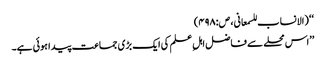
‘‘ (الانساب للسمعانی، ص:۴۹۸)
’’اس محلے سے فاضل اہلِ علم کی ایک بڑی جماعت پیدا ہوئی ہے۔